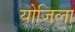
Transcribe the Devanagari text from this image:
योजिला